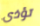
تؤذى